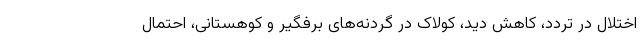
اختلال در تردد، کاهش دید، کولاک در گردنه‌های برفگیر و کوهستانی، احتمال